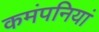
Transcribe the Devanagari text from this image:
कमंपनियां